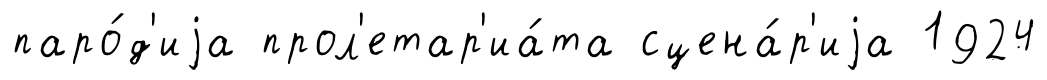
паро́д'иjа прол'етар'иа́та сцена́р'иjа 1924